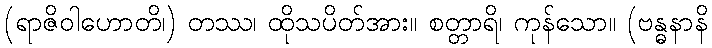
(ရာဇိဝါဟောတိ၊) တဿ၊ ထိုသပိတ်အား။ စတ္တာရိ၊ ကုန်သော။ (ဗန္ဓနာနိ